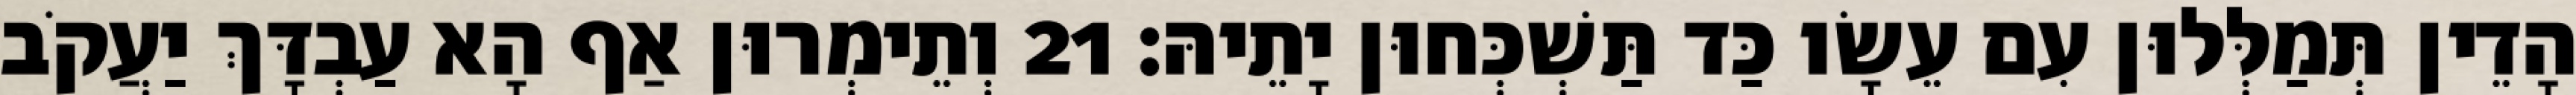
הָדֵין תְּמַלְּלוּן עִם עֵשָׂו כַּד תַּשְׁכְּחוּן יָתֵיהּ׃ 21 וְתֵימְרוּן אַף הָא עַבְדָּךְ יַעֲקֹב